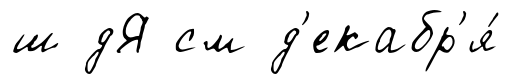
ш дЯ см д'екабр'я́